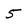
Character: 5